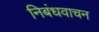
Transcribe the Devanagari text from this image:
निबंधवाचन